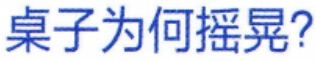
桌子为何摇晃?